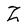
Character: Z